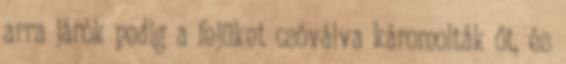
arra járók pedig a fejüket csóválva káromolták őt, és